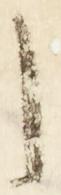
之